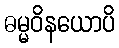
ဓမ္မဝိနယောပိ